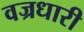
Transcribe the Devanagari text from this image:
वज्रधारी